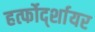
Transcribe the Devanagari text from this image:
हर्त्फोर्द्शायर